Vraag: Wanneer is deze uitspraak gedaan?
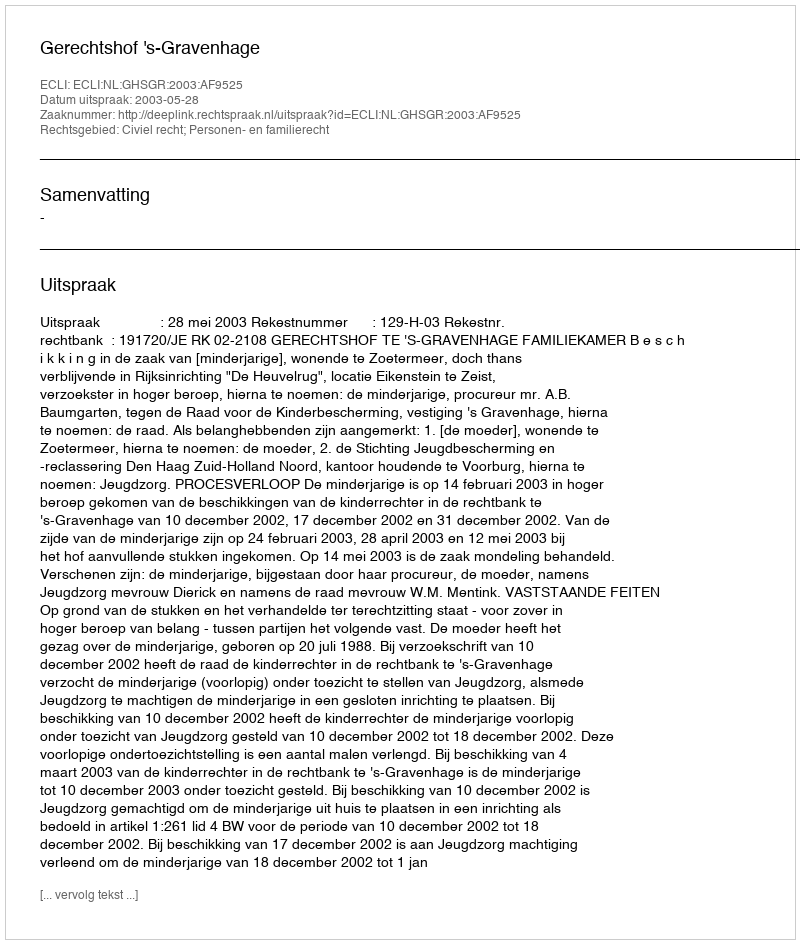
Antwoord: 2003-05-28